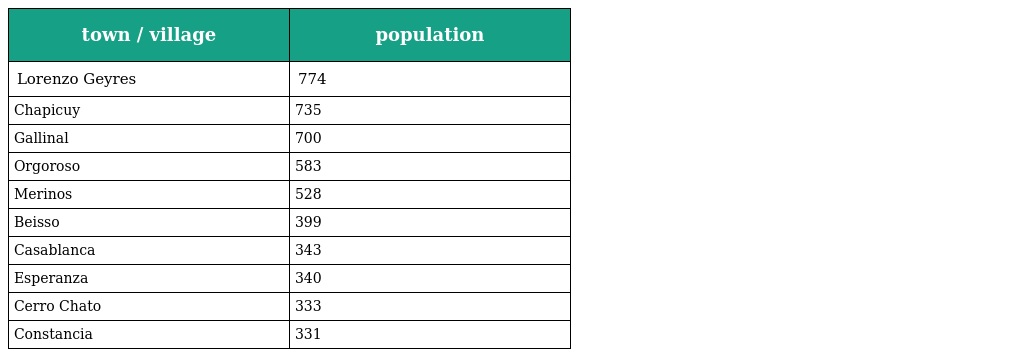
| town / village | population |
 | --- | --- |
 | Lorenzo Geyres | 774 |
 | Chapicuy | 735 |
 | Gallinal | 700 |
 | Orgoroso | 583 |
 | Merinos | 528 |
 | Beisso | 399 |
 | Casablanca | 343 |
 | Esperanza | 340 |
 | Cerro Chato | 333 |
 | Constancia | 331 |